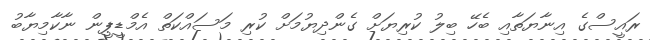
ރައީސްގެ އިނާޔަތާއި ބެހޭ ބިލު ކުރިޔަށް ގެންދިޔުމަށް ކުރި މަސައްކަތް އެމްޑީޕީން ނާކާމިޔާބު